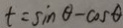
t = \sin \theta - \cos \theta